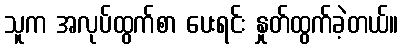
သူက အလုပ်ထွက်စာ ပေးရင်း နှုတ်ထွက်ခဲ့တယ်။